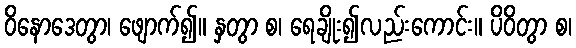
ဝိနောဒေတွာ၊ ဖျောက်၍။ နှတွာ စ၊ ရေချိုး၍လည်းကောင်း။ ပိဝိတွာ စ၊